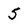
Character: 5